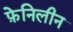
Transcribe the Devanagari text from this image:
फ़ेनिलीन